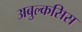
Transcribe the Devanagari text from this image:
अबुल्कसिस